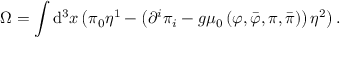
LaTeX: \Omega = \int \mathrm { d } ^ { 3 } x \left( \pi _ { 0 } \eta ^ { 1 } - \left( \partial ^ { i } \pi _ { i } - g \mu _ { 0 } \left( \varphi , \bar { \varphi } , \pi , \bar { \pi } \right) \right) \eta ^ { 2 } \right) .